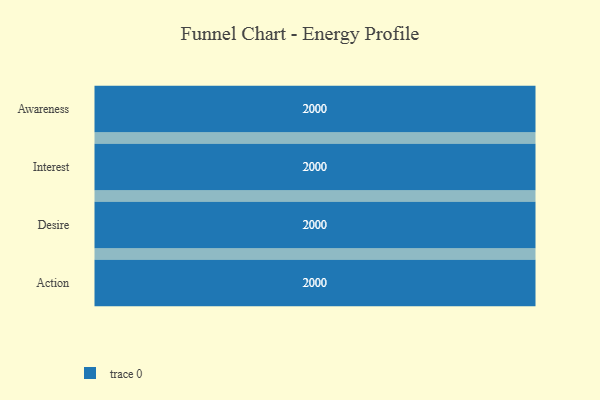
{"axis": {"x": "Stage", "y": "Value"}, "legend": [""], "data": [{"x": "Awareness", "y": 2000, "type": ""}, {"x": "Interest", "y": 2000, "type": ""}, {"x": "Desire", "y": 2000, "type": ""}, {"x": "Action", "y": 2000, "type": ""}]}